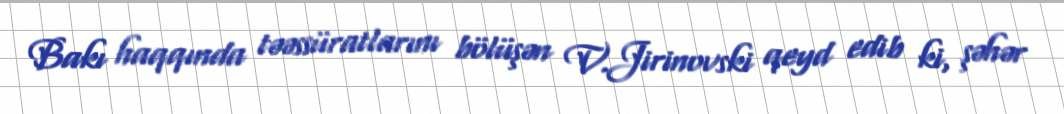
Bakı haqqında təəssüratlarını bölüşən V.Jirinovski qeyd edib ki, şəhər